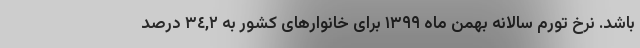
‌باشد. نرخ تورم سالانه بهمن ماه ١٣٩٩ برای خانوارهای کشور به ٣٤,٢ درصد